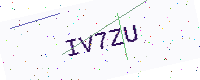
Text: IV7ZU